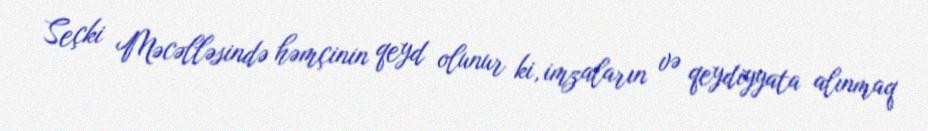
Seçki Məcəlləsində həmçinin qeyd olunur ki, imzaların və qeydiyyata alınmaq